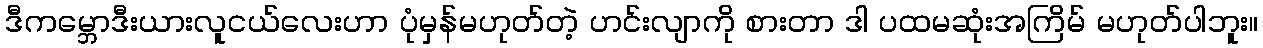
ဒီကမ္ဘောဒီးယားလူငယ်လေးဟာ ပုံမှန်မဟုတ်တဲ့ ဟင်းလျာကို စားတာ ဒါ ပထမဆုံးအကြိမ် မဟုတ်ပါဘူး။